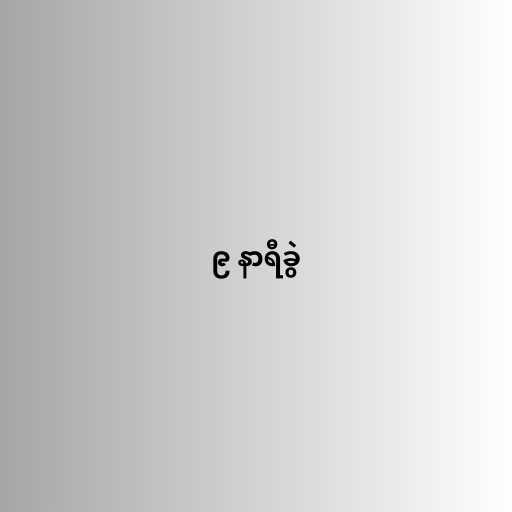
၉ နာရီခွဲ